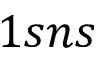
1 s n s